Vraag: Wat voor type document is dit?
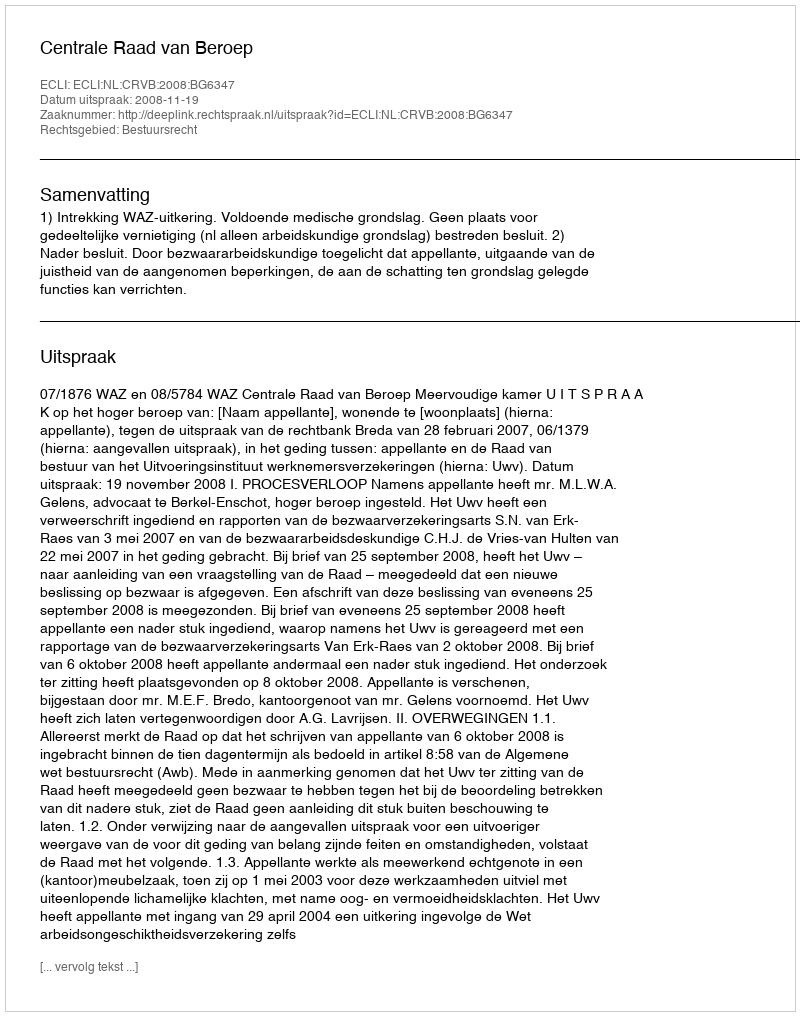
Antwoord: Uitspraak